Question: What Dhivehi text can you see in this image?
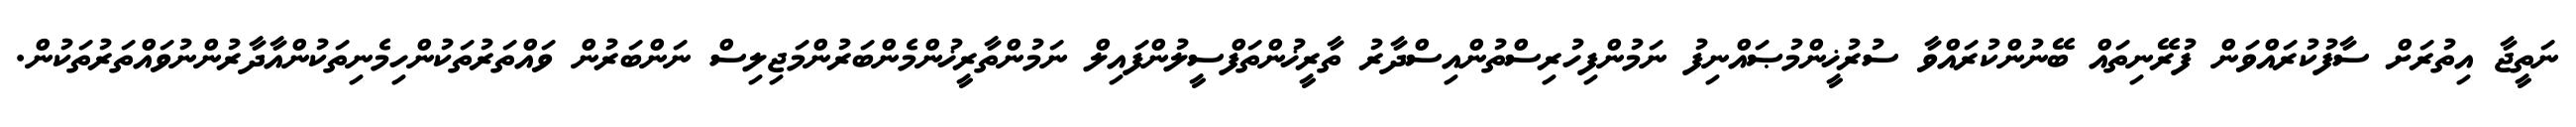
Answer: ނަތީޖާ އިތުރަށް ސާފުކުރައްވަން ފުރޭނިތައް ބޭނުންކުރައްވާ ސުރުޚީންމުޞައްނިފު ނަމުންފިހުރިސްތުންއިސްދާރު ތާރީޚުންތަފްސީލުންފައިލް ނަމުންތާރީޚުންމެންބަރުންމަޖިލިސް ނަންބަރުން ވައްތަރުތަކުންހިމެނިތަކުންއާދާރުންނުވައްތަރުތަކުން.